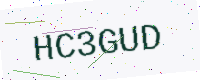
Text: HC3GUD